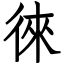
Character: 徠